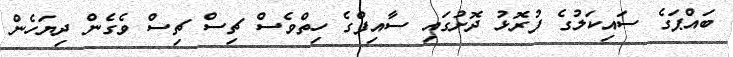
ބައްޕަގެ ސައިކަލުގެ ފުރޮޅު ދޮށުގައި ސާއިފްގެ ހިތްވެސް ޗިސް ޗިސް ވެގެން ދިޔަހެން